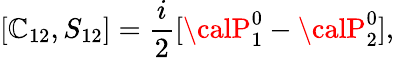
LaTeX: [\mathbb{C}_{12},S_{12}]=\frac{{i}}{{2}}[{\calP}_{1}^{0}-{\calP}_{2}^{0}],